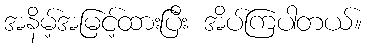
အနိမ့်အမြင့်ထားပြီး အိပ်ကြပါတယ်။